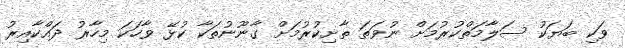
ވަކި ބަޔަކު ސަލާމަތްކުރުމަށް ނުވަތަ ތާށިކުރުމަށް ގާނޫނުތަކާ ކުޅޭ ވާހަކަ މިހާރު ދައްކާއިރު